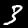
Label: 3